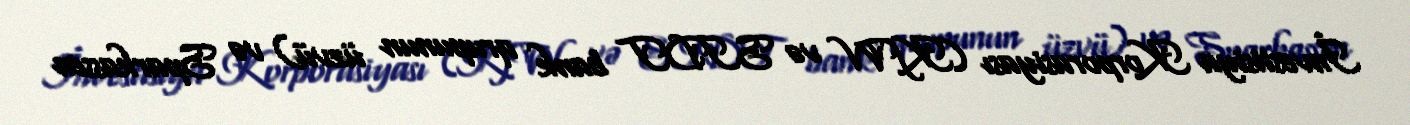
İnvestisiya Korporasiyası (KfW və SIDT bank qrupunun üzvü) və Sparkassen